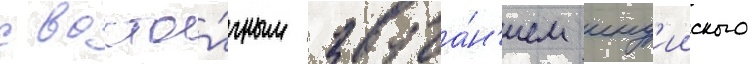
с восто́чным звуча́н'ием инд'ииского